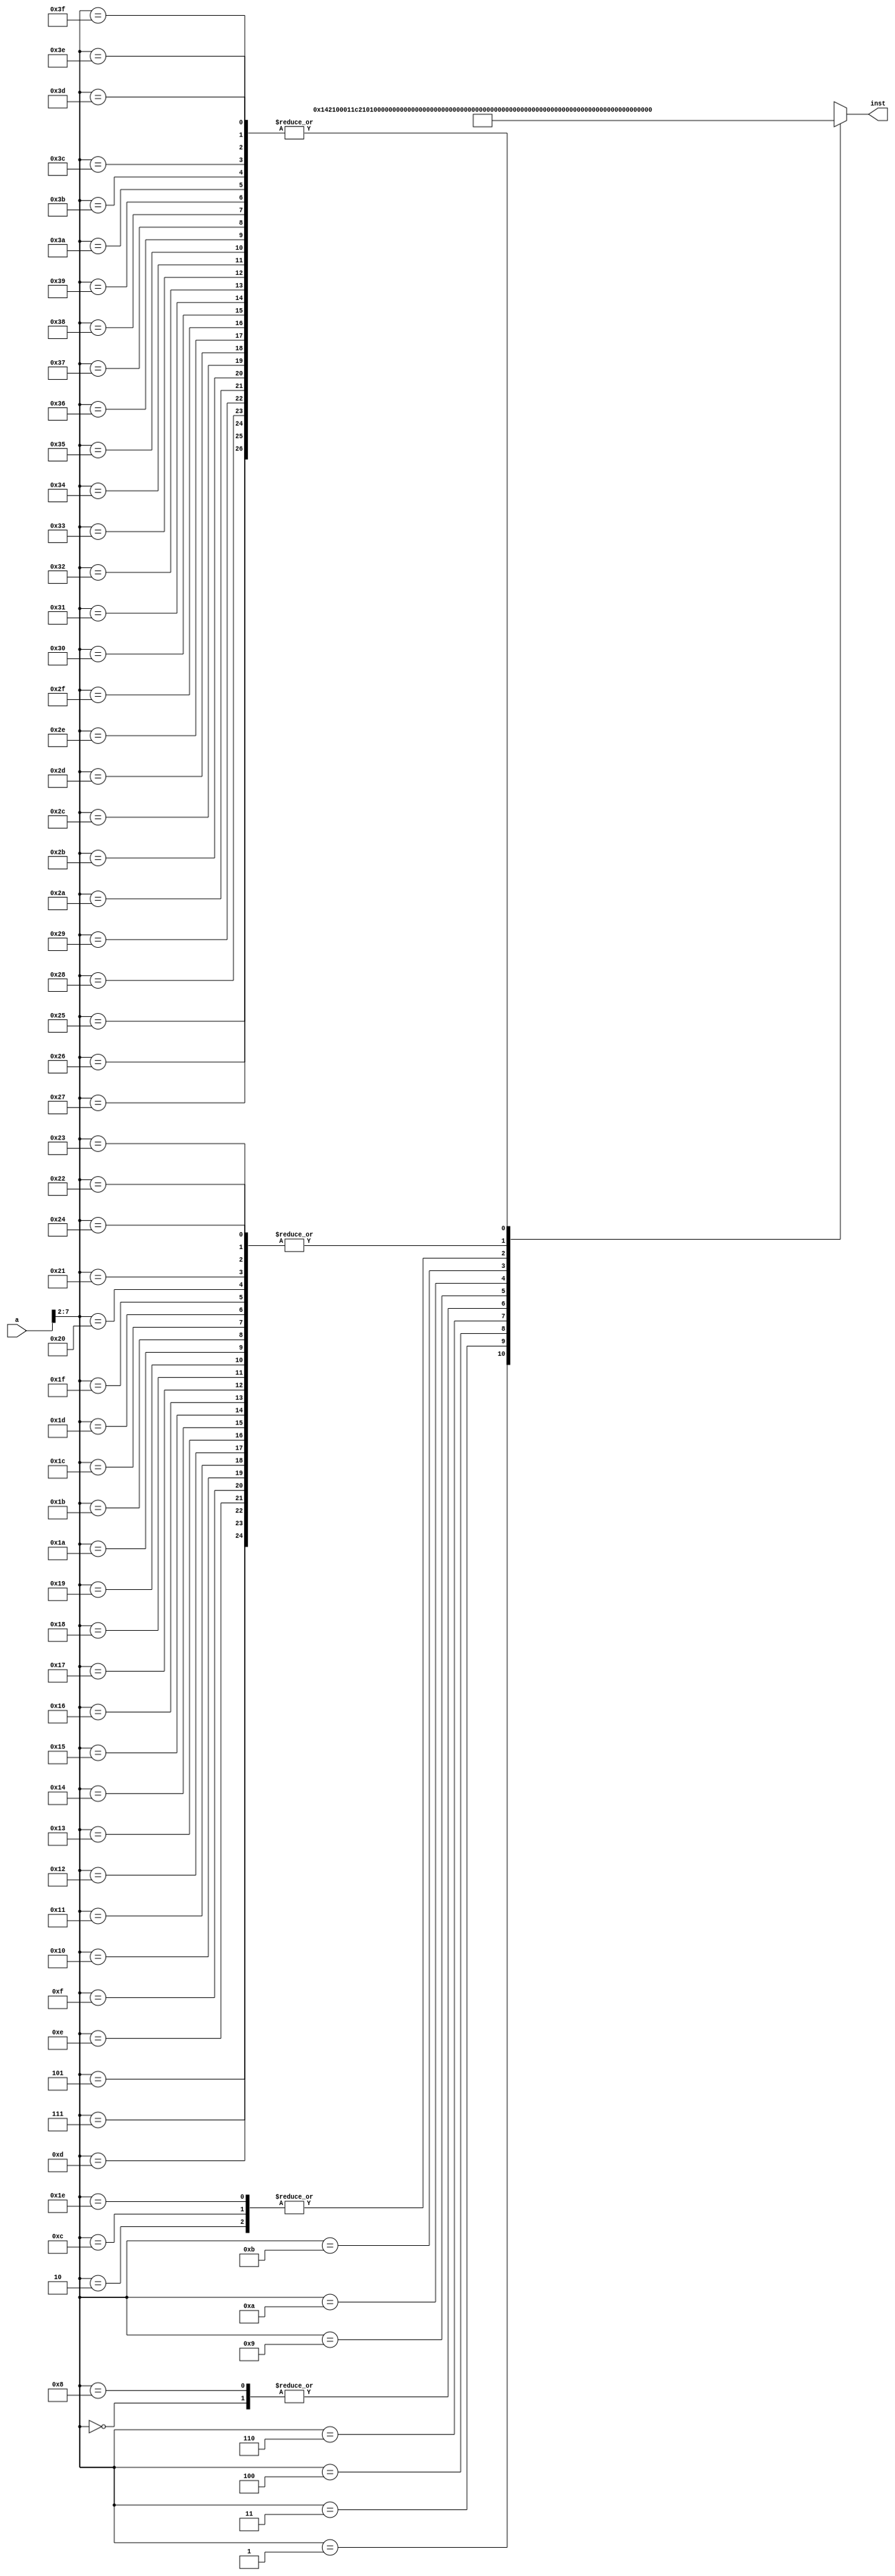
module IP_ROM(a,inst
    );
	 input [31:0] a;
	 output [31:0] inst;
	 wire [31:0] rom [0:63];
	 	 /*
	 assign rom[6'h00]=32'h20230000;//load r1,0(r3)	
	 assign rom[6'h01]=32'h20430000;//load r2,0(r3)
	 assign rom[6'h02]=32'h14420001;//addi r2,r2,4
	 assign rom[6'h03]=32'hffffffff;					  
	 assign rom[6'h04]=32'hffffffff;//32'h14210001;//addi r1,r1,1
	 assign rom[6'h05]=32'h1c210080;//subi r1,r1,128
	 assign rom[6'h06]=32'hffffffff;
	 assign rom[6'h07]=32'h28000078;//beq 16'h0078  	  1E store r1,0(r3)
	 assign rom[6'h08]=32'hffffffff;
	 assign rom[6'h09]=32'hffffffff;
	 assign rom[6'h0A]=32'h28000078;//beq 16'h0078  	  1E store r1,0(r3)*/
	 
	assign rom[6'h00]= 32'h20230000;//load r1,0(r3)						  
	assign rom[6'h01]= 32'h14210001;//addi r1,r1,1
	assign rom[6'h02]= 32'h24230000;//store r1,0(r3)
	assign rom[6'h03]= 32'h1c210080;//subi r1,r1,128
	assign rom[6'h04]= 32'h28000020;//beq 16'h0020 -> rom[6'h08] load r1,0(r3)
	assign rom[6'h05]= 32'hffffffff;//nop
	assign rom[6'h06]= 32'h30000000;//brach 0
	assign rom[6'h07]= 32'hffffffff;//nop
	assign rom[6'h08]= 32'h20230000;//load r1,0(r3)
	assign rom[6'h09]= 32'h20430000;//load r2,0(r3)
	assign rom[6'h0A]= 32'h3c410002;//srl r2,r2,1
	assign rom[6'h0B]= 32'h08210002;//or r1,r1,r2
	assign rom[6'h0C]= 32'h24230000;//store r1,0(r3)
	assign rom[6'h0D]= 32'hffffffff;
	assign rom[6'h0E]= 32'hffffffff;
	assign rom[6'h0F]= 32'hffffffff;	 
	assign rom[6'h10]= 32'hffffffff;
	assign rom[6'h11]= 32'hffffffff;
	assign rom[6'h12]= 32'hffffffff;
	assign rom[6'h13]= 32'hffffffff;
	assign rom[6'h14]= 32'hffffffff;
	assign rom[6'h15]= 32'hffffffff;

	 assign rom[6'h16]=32'hffffffff;
	 assign rom[6'h17]=32'hffffffff;
	 assign rom[6'h18]=32'hffffffff;
	 assign rom[6'h19]=32'hffffffff;
	 assign rom[6'h1A]=32'hffffffff;
	 assign rom[6'h1B]=32'hffffffff;
	 assign rom[6'h1C]=32'hffffffff;
	 assign rom[6'h1D]=32'hffffffff;
	 assign rom[6'h1E]=32'h24230000;
	 assign rom[6'h1F]=32'hffffffff;
	 assign rom[6'h20]=32'hffffffff;
	 assign rom[6'h21]=32'hffffffff;
	 assign rom[6'h22]=32'hffffffff;
	 assign rom[6'h23]=32'hffffffff;
	 assign rom[6'h24]=32'hffffffff;
	 assign rom[6'h25]=32'h00000000;
	 assign rom[6'h26]=32'h00000000;
	 assign rom[6'h27]=32'h00000000;
	 assign rom[6'h28]=32'h00000000;
	 assign rom[6'h29]=32'h00000000;
	 assign rom[6'h2A]=32'h00000000;
	 assign rom[6'h2B]=32'h00000000;
	 assign rom[6'h2C]=32'h00000000;
	 assign rom[6'h2D]=32'h00000000;
	 assign rom[6'h2E]=32'h00000000;
	 assign rom[6'h2F]=32'h00000000;
	 assign rom[6'h30]=32'h00000000;
	 assign rom[6'h31]=32'h00000000;
	 assign rom[6'h32]=32'h00000000;
	 assign rom[6'h33]=32'h00000000;
	 assign rom[6'h34]=32'h00000000;
	 assign rom[6'h35]=32'h00000000;
	 assign rom[6'h36]=32'h00000000;
	 assign rom[6'h37]=32'h00000000;
	 assign rom[6'h38]=32'h00000000;
	 assign rom[6'h39]=32'h00000000;
	 assign rom[6'h3A]=32'h00000000;
	 assign rom[6'h3B]=32'h00000000;
	 assign rom[6'h3C]=32'h00000000;
	 assign rom[6'h3D]=32'h00000000;
	 assign rom[6'h3E]=32'h00000000;
	 assign rom[6'h3F]=32'h00000000;
	 
	 assign inst=rom[a[7:2]];
endmodule